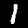
Label: 1